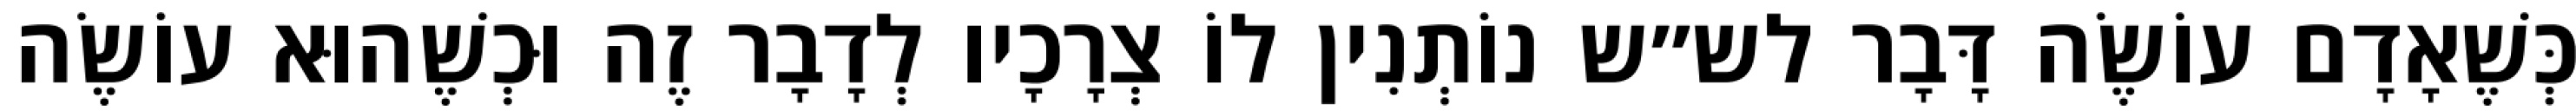
כְּשֶׁאָדָם עוֹשֶׂה דָּבָר לש״ש נוֹתְנִין לוֹ צְרָכָיו לְדָבָר זֶה וּכְשֶׁהוּא עוֹשֶׂה